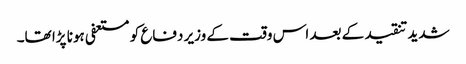
شدید تنقید کے بعد اس وقت کے وزیر دفاع کو مستعفی ہونا پڑا تھا۔